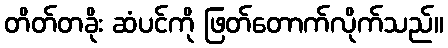
တိတ်တခိုး ဆံပင်ကို ဖြတ်တောက်လိုက်သည်။